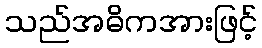
သည်အဓိကအားဖြင့်